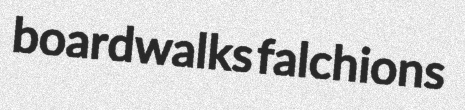
boardwalks falchions